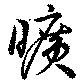
曠